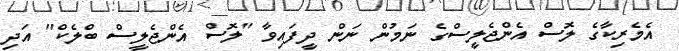
އެމެރިކާގެ ލޮސް އެންޖެލީސްގެ ނަމުން ނަން ދީފައިވާ "ލޮސް އެންޖެލީސް ބްލެކް" އަދި